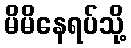
မိမိနေရပ်သို့